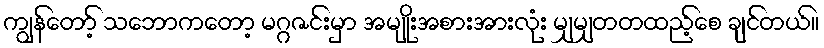
ကျွန်တော့် သဘောကတော့ မဂ္ဂဇင်းမှာ အမျိုးအစားအားလုံး မျှမျှတတထည့်စေ ချင်တယ်။